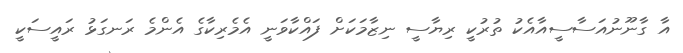
އާ ގާނޫނުއަސާސީއާއެކު ތުރުކީ ރިޔާސީ ނިޒާމަކަށް ފައްކާވަނީ އެމެރިކާގެ އެންމެ ރަނގަޅު ރައީސަކީ